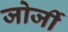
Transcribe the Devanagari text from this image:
जोर्जी